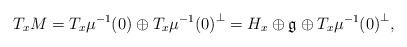
LaTeX: \begin{align*} T_{x}M = T_x\mu^{-1}(0) \oplus T_x\mu^{-1}{(0)}^{\perp} = H_x \oplus \mathfrak{g} \oplus T_x\mu^{-1}{(0)}^{\perp}, \end{align*}